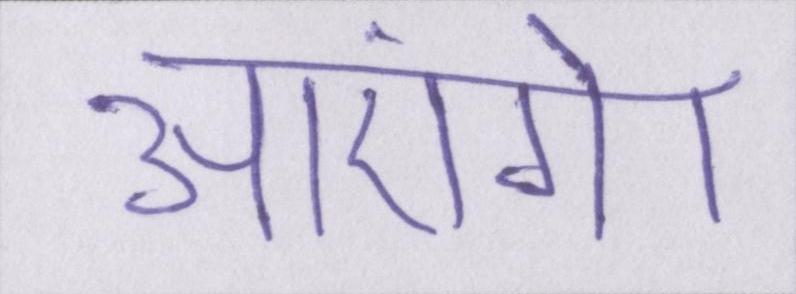
आएंगे।